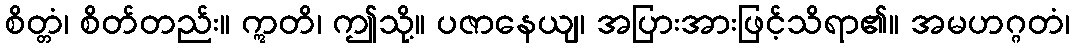
စိတ္တံ၊ စိတ်တည်း။ ဣတိ၊ ဤသို့။ ပဇာနေယျ၊ အပြားအားဖြင့်သိရာ၏။ အမဟဂ္ဂတံ၊